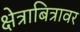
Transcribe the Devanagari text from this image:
क्षेत्राबित्रावर